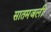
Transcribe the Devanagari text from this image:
सातमजली